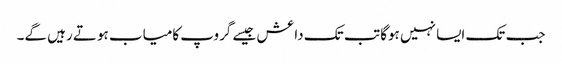
جب تک ایسا نہیں ہوگا تب تک داعش جیسے گروپ کامیاب ہوتے رہیں گے۔